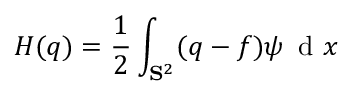
H ( q ) = \frac { 1 } { 2 } \int _ { \mathbf { S } ^ { 2 } } ( q - f ) \psi \, \mathrm { ~ d ~ } x